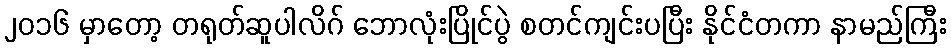
၂၀၁၆ မှာတော့ တရုတ်ဆူပါလိဂ် ဘောလုံးပြိုင်ပွဲ စတင်ကျင်းပပြီး နိုင်ငံတကာ နာမည်ကြီး